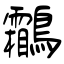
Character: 鸘